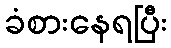
ခံစားနေရပြီး